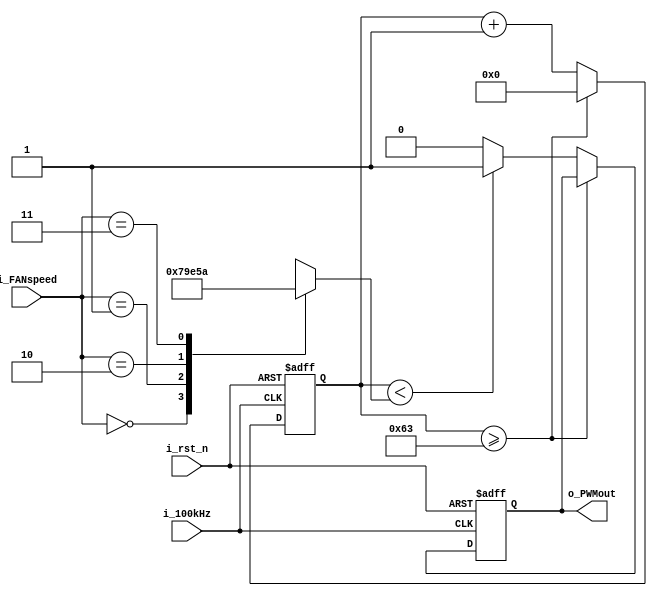
`timescale 1ns / 1ps

module PWM_GEN(
    input i_100kHz,
    input i_rst_n,
    input [1:0] i_FANspeed,
    output o_PWMout
    );

    reg [6:0] r_PWMcount=0;
    reg r_PWMout=1;
    reg [6:0] r_FANspeed=0;

    assign o_PWMout=r_PWMout;

    always @(posedge i_100kHz or negedge i_rst_n)begin
        if(!i_rst_n)begin
            r_PWMcount<=0;
            r_PWMout<=0;
        end
        else begin
            if(r_PWMcount>=100-1)begin
                r_PWMcount<=0;
            end
            else begin
                r_PWMcount<= r_PWMcount+1;
                if(r_PWMcount<r_FANspeed)begin
                    r_PWMout<=1;
                end
                else begin
                    r_PWMout<=0;
                end
            end 
        end
    end

    always @(i_FANspeed)begin
        case(i_FANspeed)
            0: r_FANspeed <= 0;
            1: r_FANspeed <= 30;
            2: r_FANspeed <= 60;
            3: r_FANspeed <= 90;
        endcase
    end
endmodule